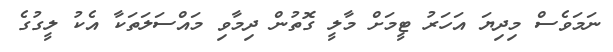
ނަމަވެސް މިދިޔަ އަހަރު ޓީމަށް މާލީ ގޮތުން ދިމާވި މައްސަލަތަކާ އެކު ލީގުގެ